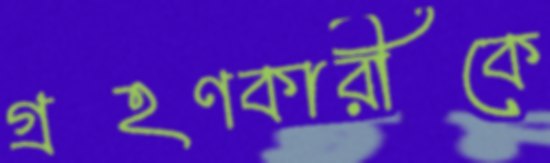
গ্রহণকারীকে